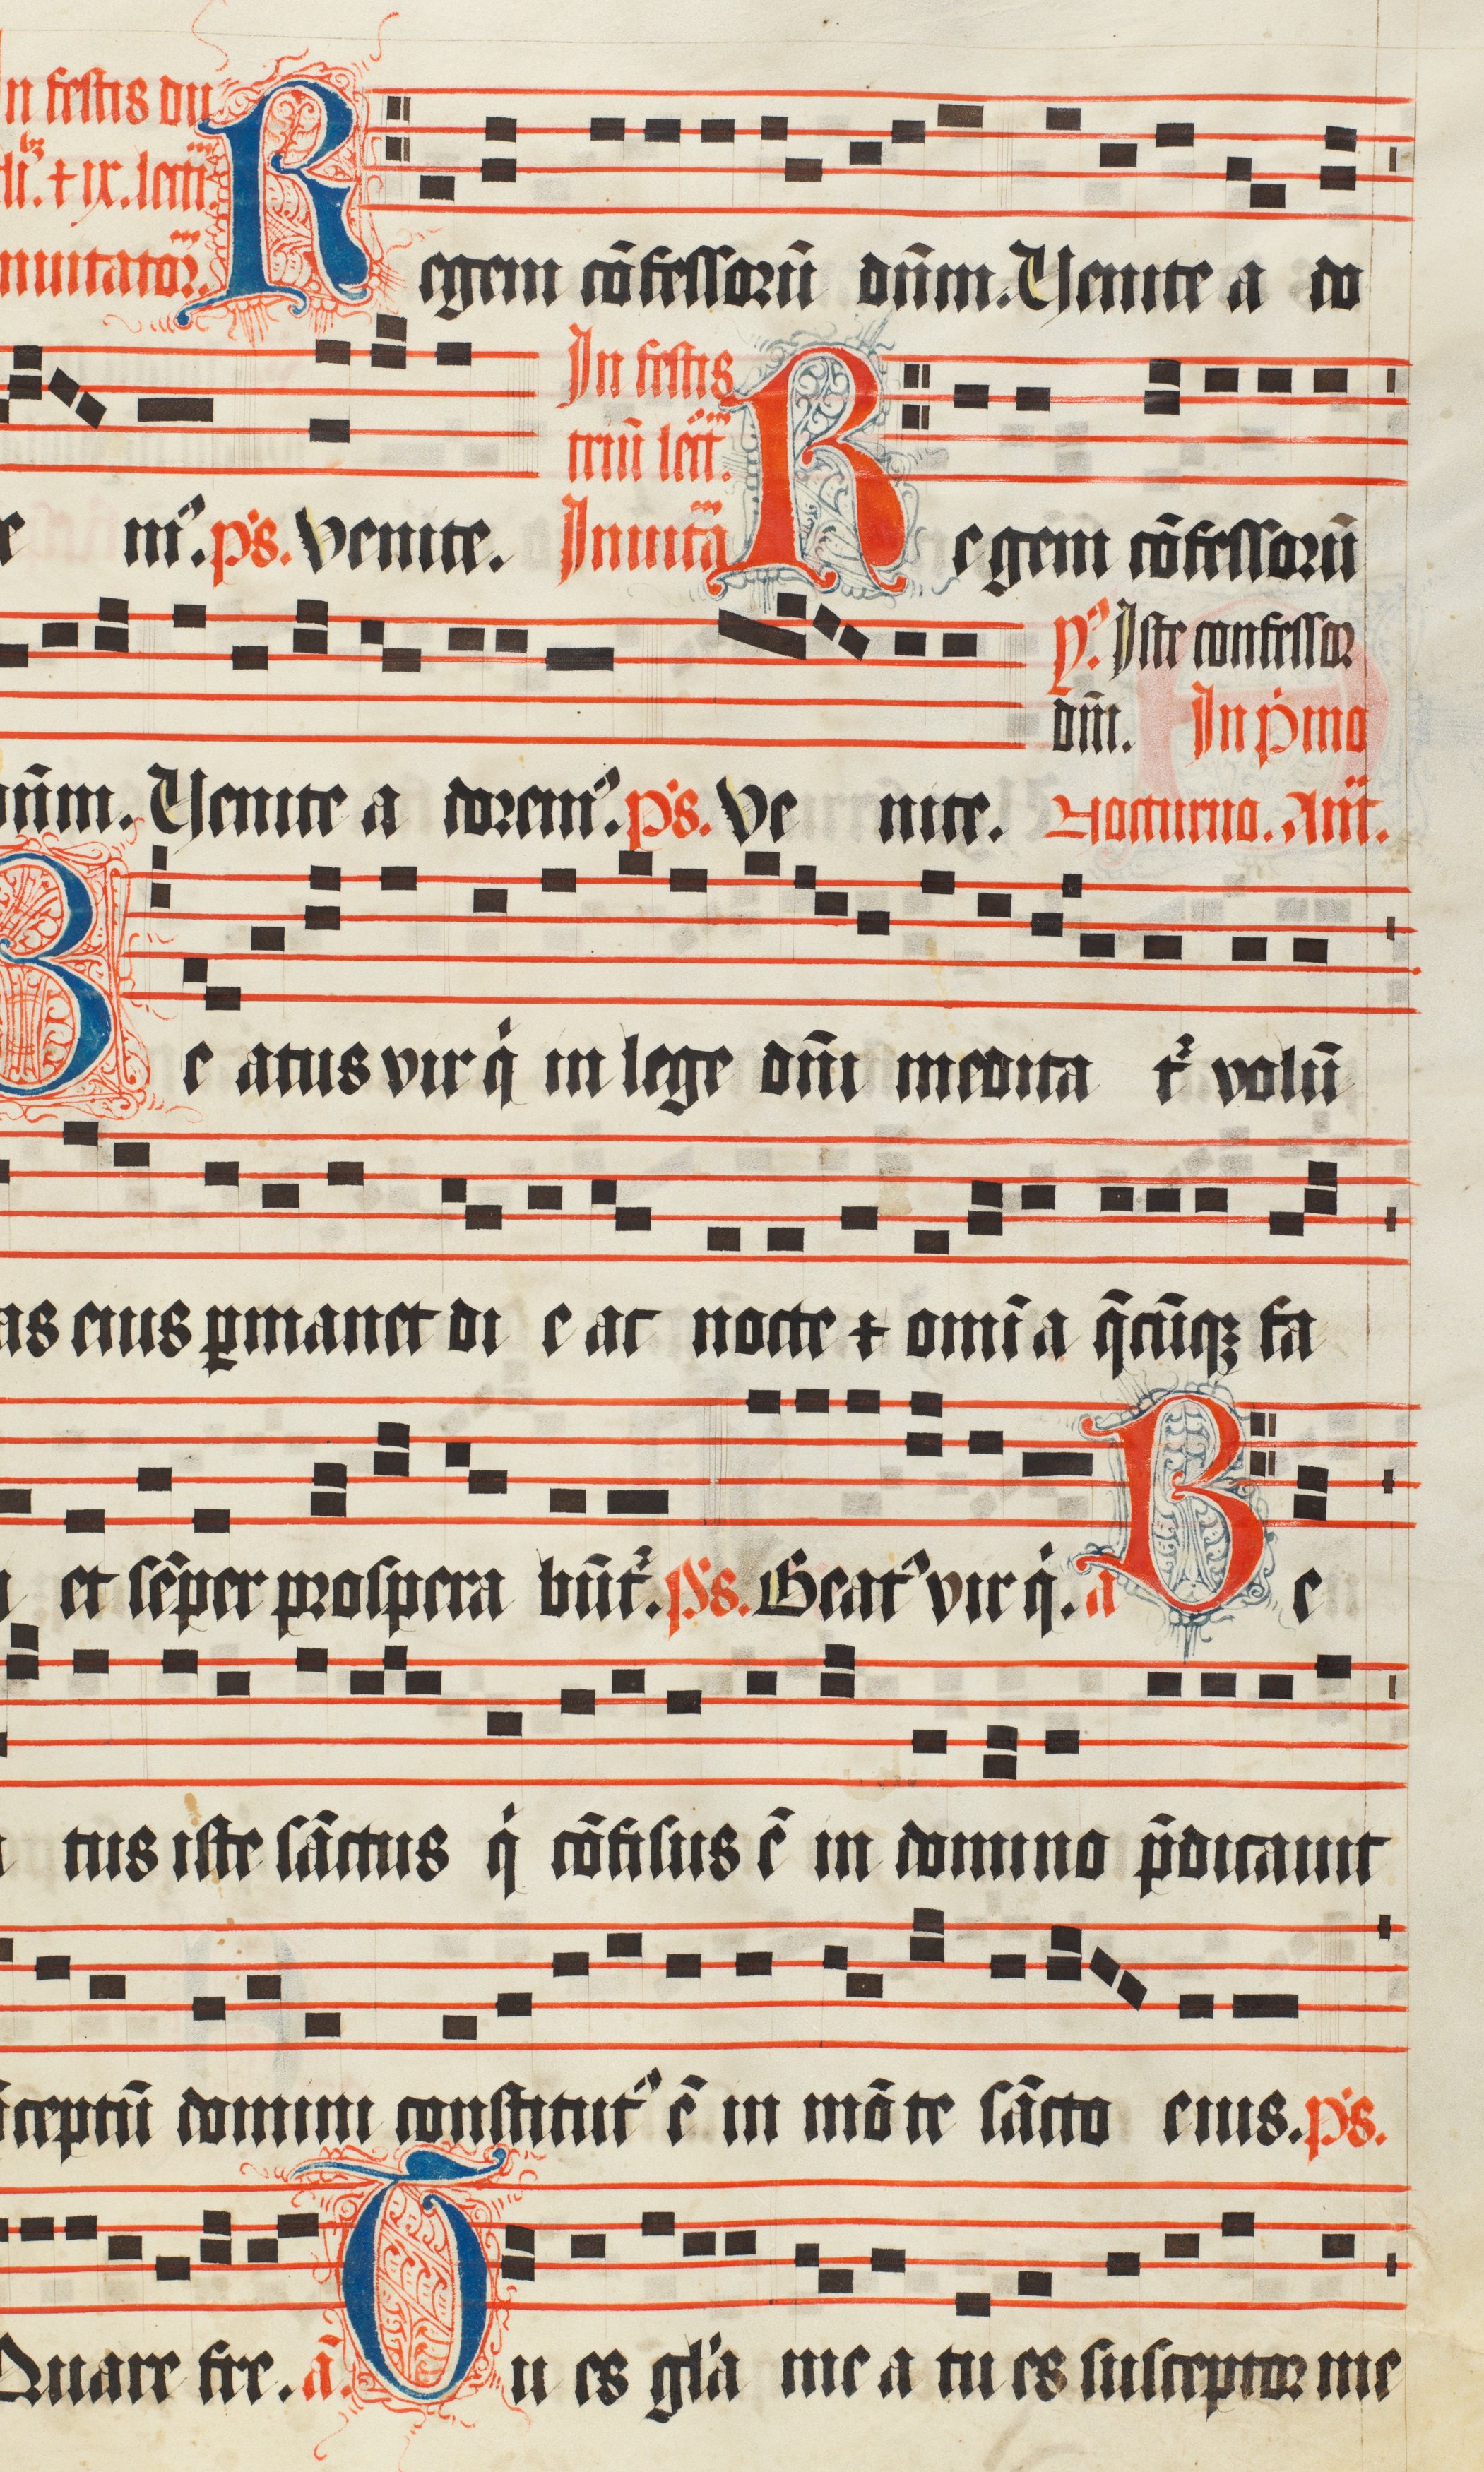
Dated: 1509–1517